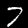
Digit: 7